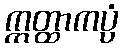
ဣတ္ထာကပ္ပံ